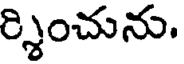
ర్శించును.